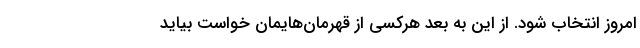
امروز انتخاب شود. از این به بعد هرکسی از قهرمان‌هایمان خواست بیاید